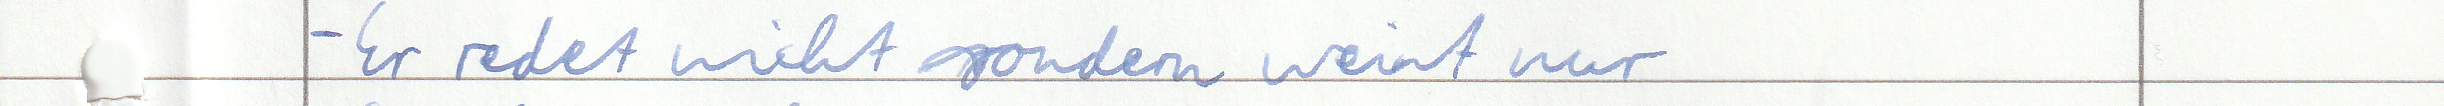
- Er redet nicht sondern weint nur